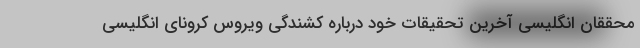
محققان انگلیسی آخرین تحقیقات خود درباره کشندگی ویروس کرونای انگلیسی